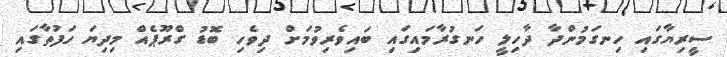
ސީރިޔާގައި ހިނގަމުންދާ ދާހިލީ ހަނގުރާމައިގައި ބައިވެރިވުމަށް ދިވެހި ބޮޑު ގްރޫޕެއް މިދިޔަ ހަފުތާގައި